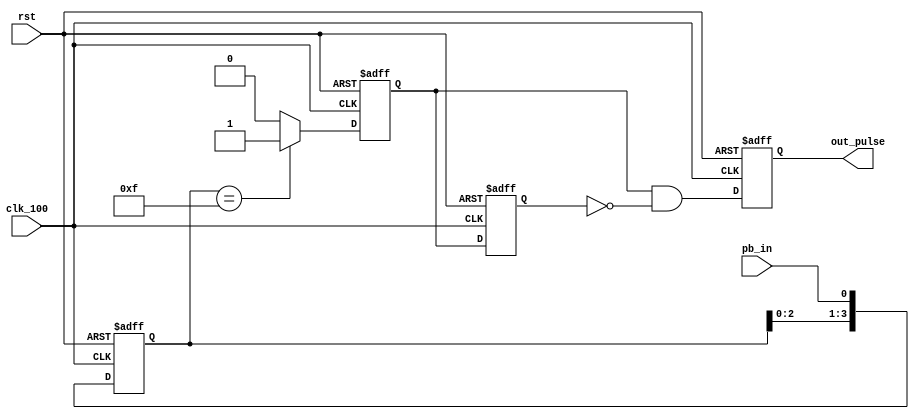

module lab9_2_debounce(
clk_100,
rst, 
pb_in, 
out_pulse 
);

input clk_100; 
input rst; 
input pb_in; 
output out_pulse; 
reg pb_debounced; 
reg [3:0] debounce_window; 
reg pb_debounced_next; 
reg out_pulse; 
reg in_trig_delay;
wire out_pulse_next;


always @(posedge clk_100 or posedge rst)
if (rst)
debounce_window <= 4'd0;
else
debounce_window <= {debounce_window[2:0], pb_in};

always @*
if (debounce_window == 4'b1111)
pb_debounced_next = 1'b1;
else
pb_debounced_next = 1'b0;
always @(posedge clk_100 or posedge rst)
if (rst)
pb_debounced <= 1'b0;
else
pb_debounced <= pb_debounced_next;

always @(posedge clk_100 or posedge rst)
if (rst)
in_trig_delay <= 1'b0;
else
in_trig_delay <= pb_debounced;

assign out_pulse_next = pb_debounced &
(~in_trig_delay);
always @(posedge clk_100 or posedge rst)
if (rst)
out_pulse <=1'b0;
else
out_pulse <= out_pulse_next;


endmodule